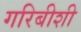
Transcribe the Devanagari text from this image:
गरिबीशी